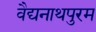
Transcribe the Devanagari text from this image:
वैद्यनाथपुरम